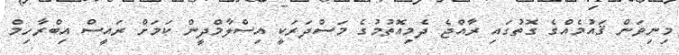
މިނިވަން ޤައުމެއްގެ ގޮތުގައި ރާއްޖެ ދެމިއޮތުމުގެ މަސްދަރަކީ އިސްލާމްދީން ކަމަށް ރައީސް އިބްރާހިމް